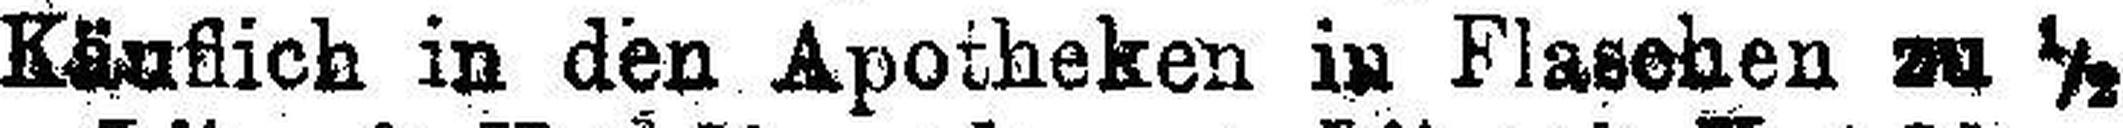
Käuflich in den Apotheken in Flaschen zu ½